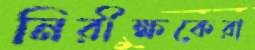
নিরীক্ষকেরা